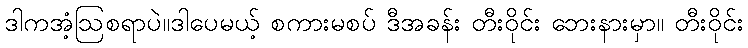
ဒါကအံ့ဩစရာပဲ။ဒါပေမယ့် စကားမစပ် ဒီအခန်း တီးဝိုင်း ဘေးနားမှာ။ တီးဝိုင်း